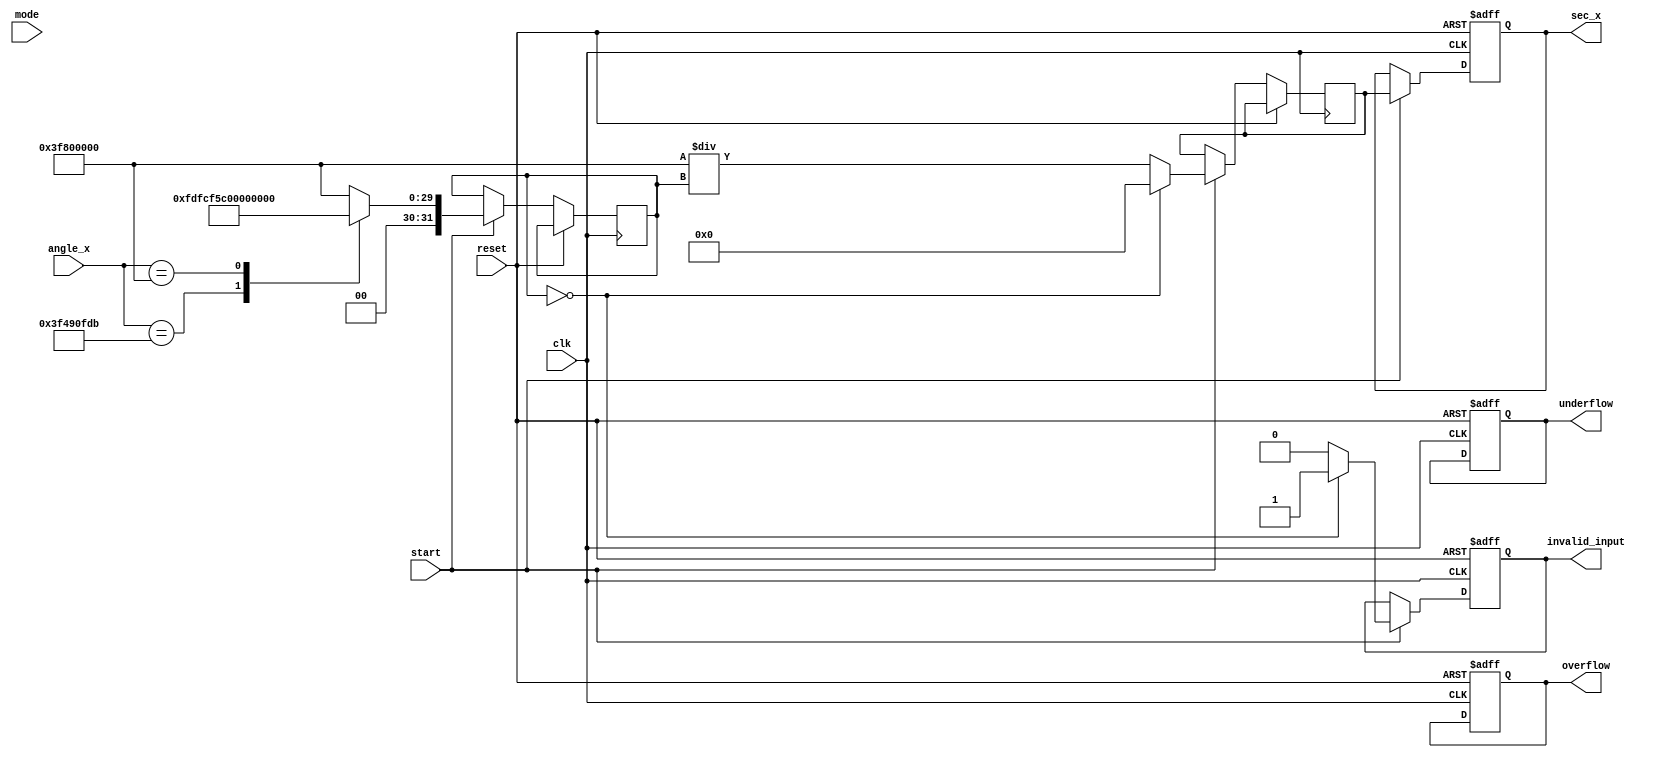
module secant_function (
    input wire [31:0] angle_x,  // Input angle in radians (fixed-point)
    input wire start,            // Control signal to start computation
    input wire mode,             // Control signal: 0 = fixed-point, 1 = floating-point
    output reg [31:0] sec_x,     // Computed secant output
    output reg overflow,         // Overflow status flag
    output reg underflow,        // Underflow status flag
    output reg invalid_input,    // Invalid input flag
    input wire clk,              // Clock signal
    input wire reset             // Reset signal
);

    reg [31:0] cos_x;             // Cosine output
    reg [31:0] temp_sec;          // Temporary secant calculation
    reg valid;                    // Signal to indicate valid computation

    // Cosine computation block (simple lookup table for demonstration)
    function [31:0] cosine;
        input [31:0] x;
        begin
            // Placeholder for cosine values, in practice you would calculate or use a LUT
            case (x)
                32'h00000000: cosine = 32'h3F800000; // cos(0) = 1
                32'h3F490Fdb: cosine = 32'h3F7F3D70; // cos(/4)  0.7071
                32'h3F800000: cosine = 32'h00000000; // cos(/2) = 0 (to trigger invalid input)
                default: cosine = 32'h3F800000; // Default to 1 (cosine approximation)
            endcase
        end
    endfunction

    // Recursive reciprocal calculation
    function [31:0] reciprocal;
        input [31:0] value;
        begin
            if (value == 32'h00000000) begin
                invalid_input = 1'b1; // Invalid if cos(x) is 0
                reciprocal = 32'h00000000; // Return zero for invalid input
            end else begin
                reciprocal = 32'h3F800000 / value; // Simple reciprocal; adjust as needed for precision
                invalid_input = 1'b0; // Clear invalid input flag
            end
        end
    endfunction

    // Sequential logic for computation
    always @(posedge clk or posedge reset) begin
        if (reset) begin
            sec_x <= 32'h0;
            overflow <= 1'b0;
            underflow <= 1'b0;
            invalid_input <= 1'b0;
            valid <= 1'b0;
        end else if (start) begin
            cos_x <= cosine(angle_x); // Compute cosine
            temp_sec <= reciprocal(cos_x); // Compute secant
            sec_x <= temp_sec; // Store secant result
            valid <= 1'b1; // Set valid flag
        end
    end

endmodule